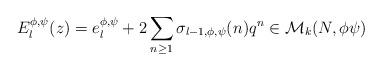
LaTeX: \begin{align*}E_{l}^{\phi,\psi}(z)=e_l^{\phi,\psi} + 2\sum_{n\geq 1}\sigma_{l-1,\phi,\psi}(n)q^n\in\mathcal{M}_k(N,\phi\psi)\end{align*}